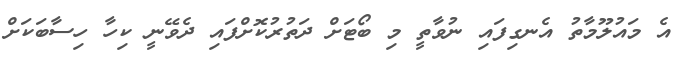
އެ މައުލޫމާތު އެނގިފައި ނުވާތީ މި ބޯޓަށް ދަތުރުކޮށްފައި ދެވޭނީ ކިހާ ހިސާބަކަށް